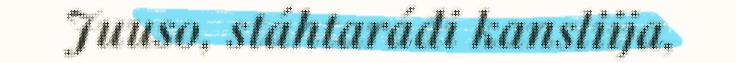
Juuso, stáhtaráđi kansliija,